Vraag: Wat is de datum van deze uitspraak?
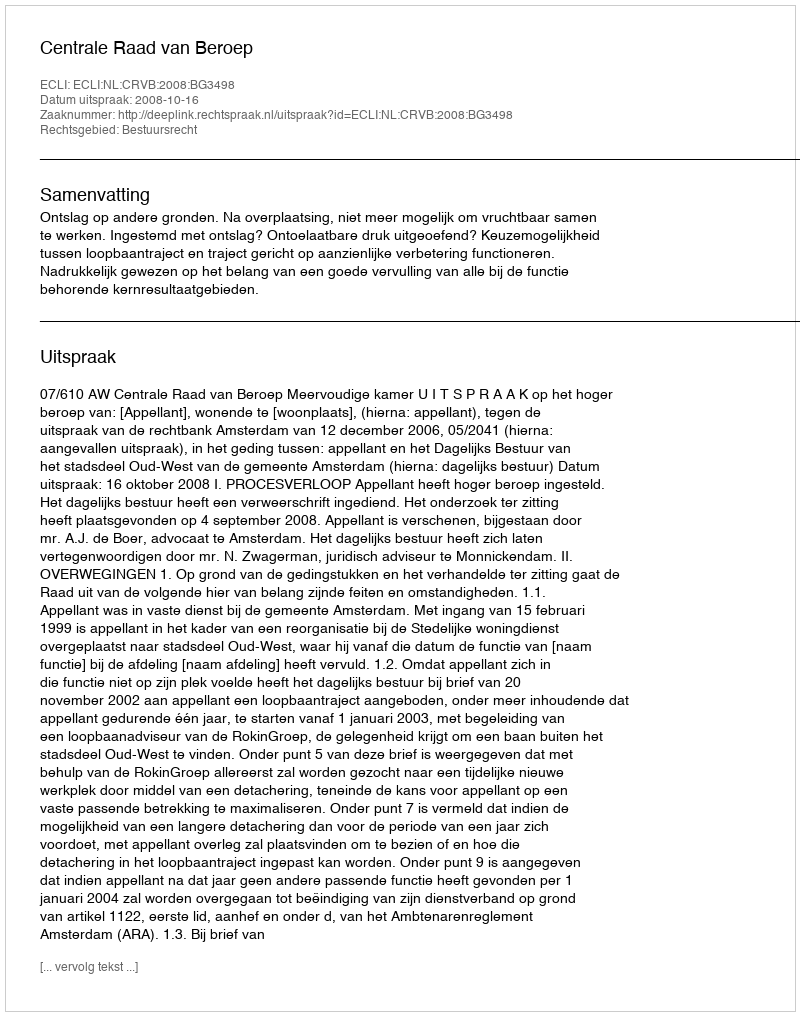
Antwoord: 2008-10-16